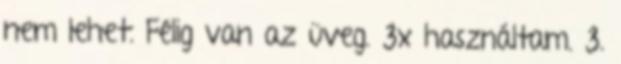
nem lehet. Félig van az üveg. 3x használtam. 3.